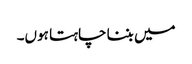
میں بننا چاہتا ہوں۔